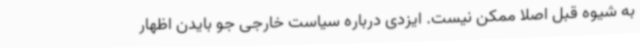
به شیوه قبل اصلا ممکن نیست. ایزدی درباره سیاست خارجی جو بایدن اظهار